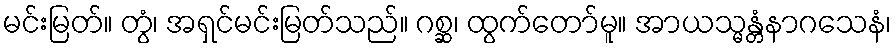
မင်းမြတ်။ တွံ၊ အရှင်မင်းမြတ်သည်။ ဂစ္ဆ၊ ထွက်တော်မူ။ အာယသ္မန္တံနာဂသေနံ၊